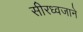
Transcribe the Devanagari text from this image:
सीरध्वजाने